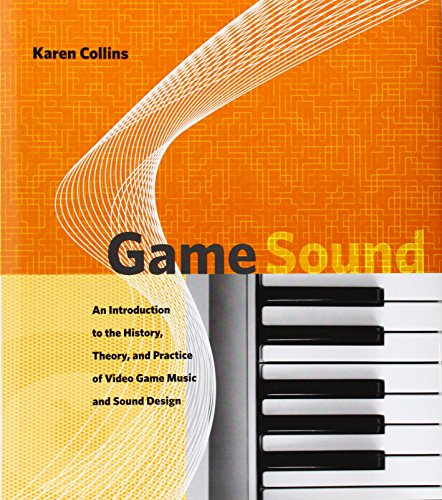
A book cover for Game Sound: An Introduction to the History, Theory, and Practice of Video Game Music and Sound                 Design; Karen Collins; Computers & Technology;